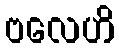
ဗလေဟိ